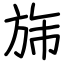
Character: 旆